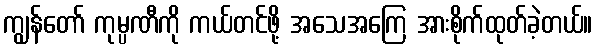
ကျွန်တော် ကုမ္ပဏီကို ကယ်တင်ဖို့ အသေအကြေ အားစိုက်ထုတ်ခဲ့တယ်။